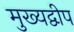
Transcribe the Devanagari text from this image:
मुख्यद्वीप